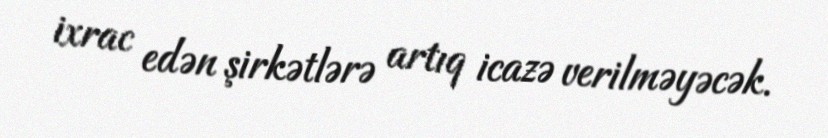
ixrac edən şirkətlərə artıq icazə verilməyəcək.